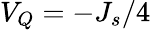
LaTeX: V_{Q}=-J_{s}/4